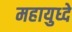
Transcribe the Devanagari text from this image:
महायुध्दे